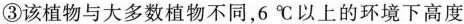
③该植物与大多数植物不同，6℃以上的环境下高度